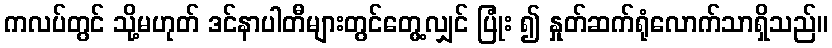
ကလပ်တွင် သို့မဟုတ် ဒင်နာပါတီများတွင်တွေ့လျှင် ပြုံး ၍ နှုတ်ဆက်ရုံလောက်သာရှိသည်။